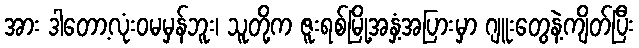
အား ဒါတော့လုံးဝမမှန်ဘူး၊ သူတို့က ဇူးရစ်မြို့အနှံ့အပြားမှာ ဂျူးတွေနဲ့ကျိတ်ပြီး